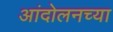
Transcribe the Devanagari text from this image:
आंदोलनच्या